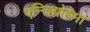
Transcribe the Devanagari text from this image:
एन्जियोडेमा